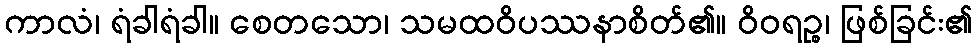
ကာလံ၊ ရံခါရံခါ။ စေတသော၊ သမထဝိပဿနာစိတ်၏။ ဝိဝရဉ္စ၊ ဖြစ်ခြင်း၏